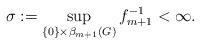
LaTeX: \begin{align*} \sigma:=\sup_{\{0\} \times \beta_{m+1}(G)} f_{m+1}^{-1} < \infty.\end{align*}